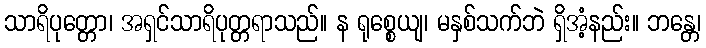
သာရိပုတ္တော၊ အရှင်သာရိပုတ္တရာသည်။ န ရုစ္စေယျ၊ မနှစ်သက်ဘဲ ရှိအံ့နည်း။ ဘန္တေ၊